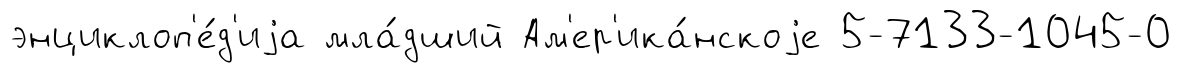
энциклоп'е́д'иjа мла́дший Ам'ер'ика́нскоjе 5-7133-1045-0